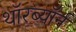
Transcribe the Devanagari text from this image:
थॉरब्यॉर्न